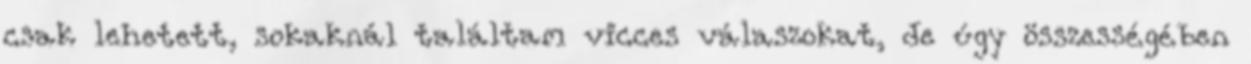
csak lehetett, sokaknál találtam vicces válaszokat, de úgy összességében